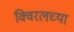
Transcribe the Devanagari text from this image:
क्विरलच्या